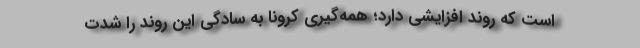
است که روند افزایشی دارد؛ همه‌گیری کرونا به سادگی این روند را شدت